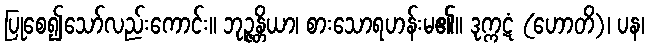
ပြုစေ၍သော်လည်းကောင်း။ ဘုဉ္ဇန္တိယာ၊ စားသောရဟန်းမ၏။ ဒုက္ကဋံ (ဟောတိ)၊ ပန၊